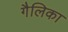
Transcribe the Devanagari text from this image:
गैलिका